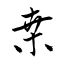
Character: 桒